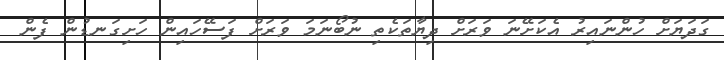
ގަދަޔަށް ހުންނައިރު އެކަށޭނަ ވަރަށް ދިޔާތަކެތި ނުބޯނަމަ ވަރަށް ފަސޭހައިން ހަށިގަނޑުން ފެން